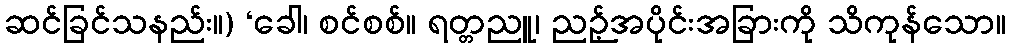
ဆင်ခြင်သနည်း။) ‘ခေါ၊ စင်စစ်။ ရတ္တညူ၊ ညဉ့်အပိုင်းအခြားကို သိကုန်သော။